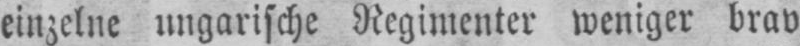
einzelne ungarische Regimenter weniger brav